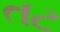
તટ